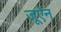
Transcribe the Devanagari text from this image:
जूऐन